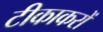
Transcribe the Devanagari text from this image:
टीकाकरों